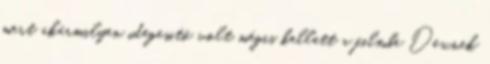
mert akármilyen idegesitő volt mégis kellett a filmbe Dexnek